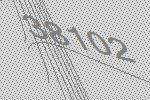
38102